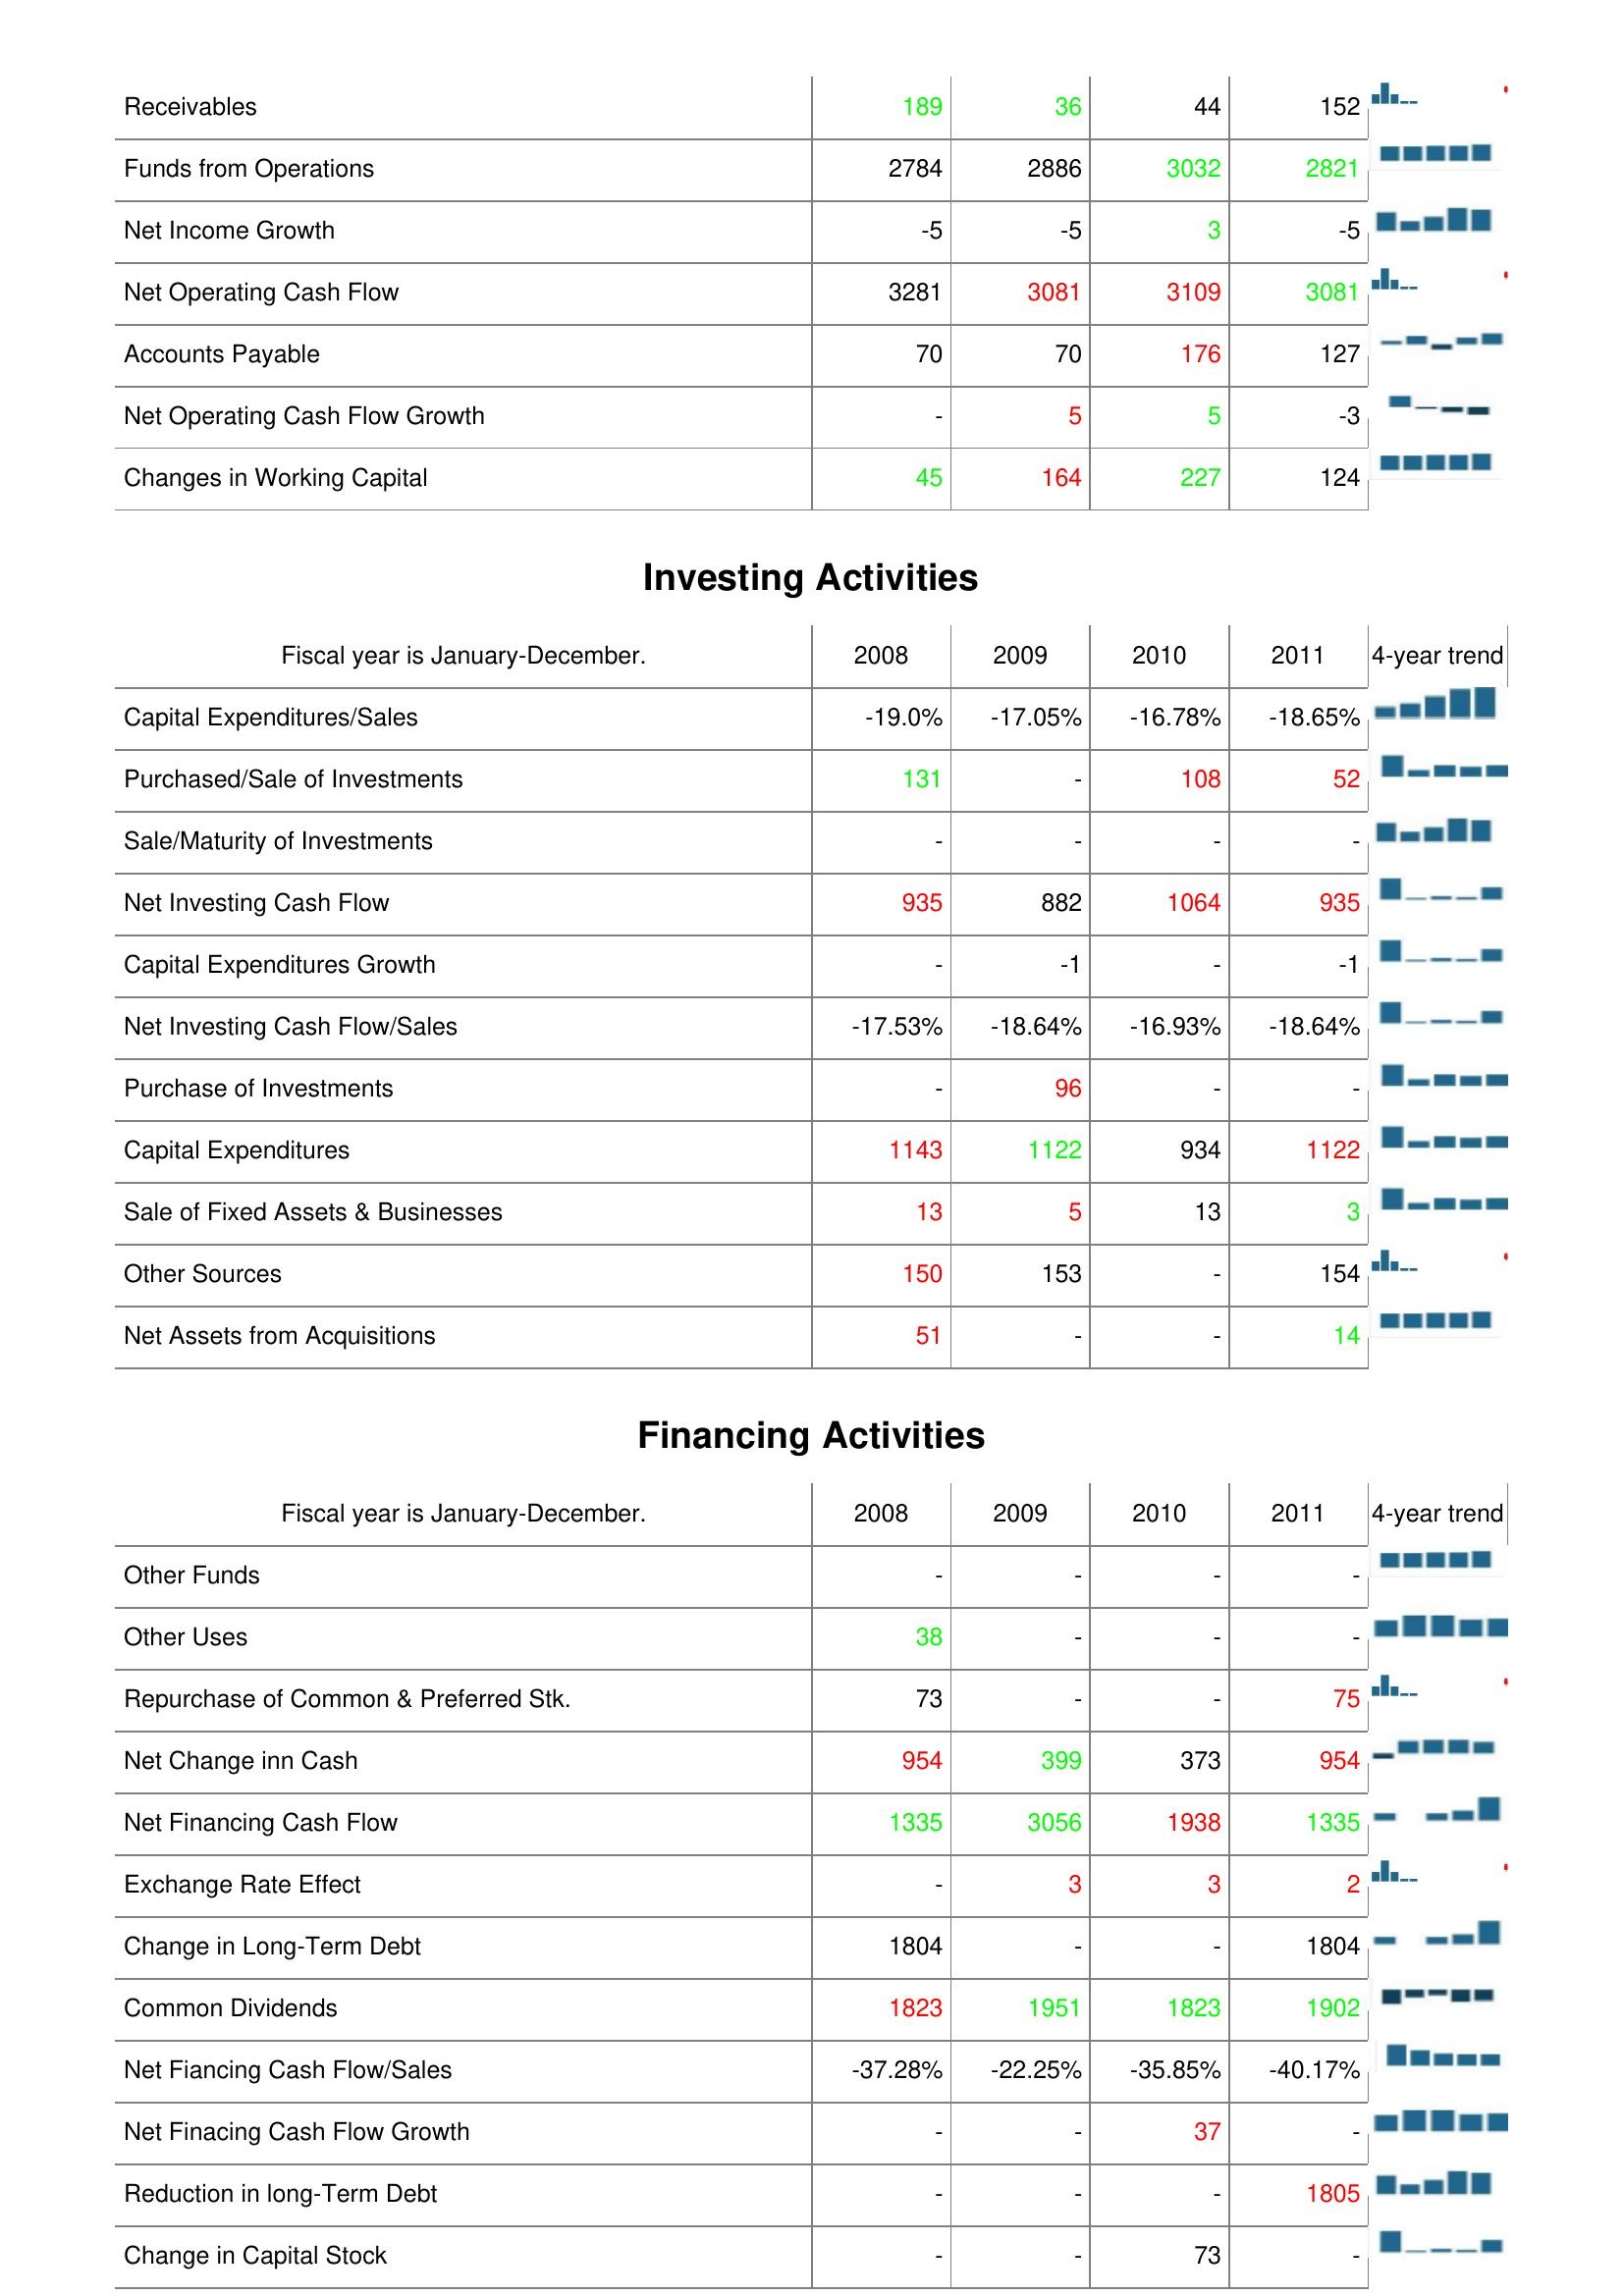
2008: Operating Activities: Receivables: 189
Funds from Operations: 2784
Net Income Growth: -5
Net Operating Cash Flow: 3281
Accounts Payable: 70
Net Operating Cash Flow Growth: -
Changes in Working Capital: 45
Investing Activities: Capital Expenditures/Sales: -19.0%
Purchased/Sale of Investments: 131
Sale/Maturity of Investments: -
Net Investing Cash Flow: 935
Capital Expenditures Growth: -
Net Investing Cash Flow/Sales: -17.53%
Purchase of Investments: -
Capital Expenditures: 1143
Sale of Fixed Assets & Businesses: 13
Other Sources: 150
Net Assets from Acquisitions: 51
Financing Activities: Other Funds: -
Other Uses: 38
Repurchase of Common & Preferred Stk.: 73
Net Change inn Cash: 954
Net Financing Cash Flow: 1335
Exchange Rate Effect: -
Change in Long-Term Debt: 1804
Common Dividends: 1823
Net Fiancing Cash Flow/Sales: -37.28%
Net Finacing Cash Flow Growth: -
Reduction in long-Term Debt: -
Change in Capital Stock: -
2009: Operating Activities: Receivables: 36
Funds from Operations: 2886
Net Income Growth: -5
Net Operating Cash Flow: 3081
Accounts Payable: 70
Net Operating Cash Flow Growth: 5
Changes in Working Capital: 164
Investing Activities: Capital Expenditures/Sales: -17.05%
Purchased/Sale of Investments: -
Sale/Maturity of Investments: -
Net Investing Cash Flow: 882
Capital Expenditures Growth: -1
Net Investing Cash Flow/Sales: -18.64%
Purchase of Investments: 96
Capital Expenditures: 1122
Sale of Fixed Assets & Businesses: 5
Other Sources: 153
Net Assets from Acquisitions: -
Financing Activities: Other Funds: -
Other Uses: -
Repurchase of Common & Preferred Stk.: -
Net Change inn Cash: 399
Net Financing Cash Flow: 3056
Exchange Rate Effect: 3
Change in Long-Term Debt: -
Common Dividends: 1951
Net Fiancing Cash Flow/Sales: -22.25%
Net Finacing Cash Flow Growth: -
Reduction in long-Term Debt: -
Change in Capital Stock: -
2010: Operating Activities: Receivables: 44
Funds from Operations: 3032
Net Income Growth: 3
Net Operating Cash Flow: 3109
Accounts Payable: 176
Net Operating Cash Flow Growth: 5
Changes in Working Capital: 227
Investing Activities: Capital Expenditures/Sales: -16.78%
Purchased/Sale of Investments: 108
Sale/Maturity of Investments: -
Net Investing Cash Flow: 1064
Capital Expenditures Growth: -
Net Investing Cash Flow/Sales: -16.93%
Purchase of Investments: -
Capital Expenditures: 934
Sale of Fixed Assets & Businesses: 13
Other Sources: -
Net Assets from Acquisitions: -
Financing Activities: Other Funds: -
Other Uses: -
Repurchase of Common & Preferred Stk.: -
Net Change inn Cash: 373
Net Financing Cash Flow: 1938
Exchange Rate Effect: 3
Change in Long-Term Debt: -
Common Dividends: 1823
Net Fiancing Cash Flow/Sales: -35.85%
Net Finacing Cash Flow Growth: 37
Reduction in long-Term Debt: -
Change in Capital Stock: 73
2011: Operating Activities: Receivables: 152
Funds from Operations: 2821
Net Income Growth: -5
Net Operating Cash Flow: 3081
Accounts Payable: 127
Net Operating Cash Flow Growth: -3
Changes in Working Capital: 124
Investing Activities: Capital Expenditures/Sales: -18.65%
Purchased/Sale of Investments: 52
Sale/Maturity of Investments: -
Net Investing Cash Flow: 935
Capital Expenditures Growth: -1
Net Investing Cash Flow/Sales: -18.64%
Purchase of Investments: -
Capital Expenditures: 1122
Sale of Fixed Assets & Businesses: 3
Other Sources: 154
Net Assets from Acquisitions: 14
Financing Activities: Other Funds: -
Other Uses: -
Repurchase of Common & Preferred Stk.: 75
Net Change inn Cash: 954
Net Financing Cash Flow: 1335
Exchange Rate Effect: 2
Change in Long-Term Debt: 1804
Common Dividends: 1902
Net Fiancing Cash Flow/Sales: -40.17%
Net Finacing Cash Flow Growth: -
Reduction in long-Term Debt: 1805
Change in Capital Stock: -